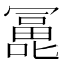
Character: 𰈵